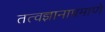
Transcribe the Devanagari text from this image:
तत्वज्ञानाप्रमाणे